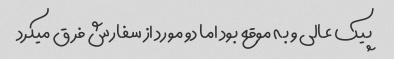
پیک عالی و به موقع بود اما دو مورد از سفارش فرق میکرد